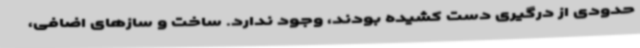
حدودی از درگیری دست کشیده بودند، وجود ندارد. ساخت و سازهای اضافی،